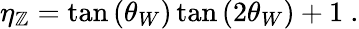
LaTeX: \eta_{\mathbb{Z}}=\tan{(\theta_{W})}\tan{(2\theta_{W})}+1\ .